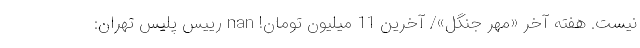
نیست. هفته آخر «مهر جنگل»/ آخرین 11 میلیون تومان! nan رییس پلیس تهران: